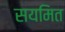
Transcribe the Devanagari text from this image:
सयमित